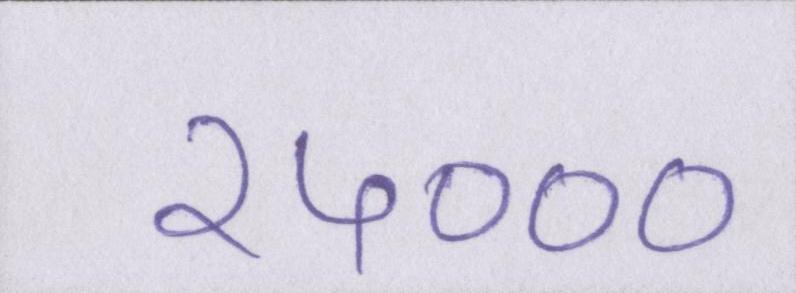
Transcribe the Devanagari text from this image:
२५०००